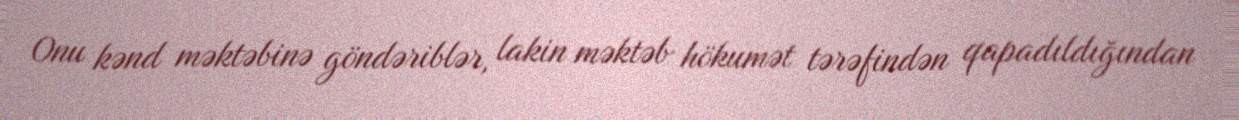
Onu kənd məktəbinə göndəriblər, lakin məktəb hökumət tərəfindən qapadıldığından